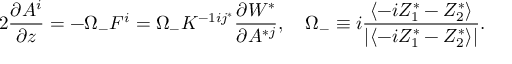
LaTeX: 2 { \frac { \partial A ^ { i } } { \partial z } } = - \Omega _ { - } F ^ { i } = \Omega _ { - } K ^ { - 1 i j ^ { * } } \frac { \partial { \cal W } ^ { * } } { \partial A ^ { * j } } , \quad \Omega _ { - } \equiv i \frac { \langle - i Z _ { 1 } ^ { * } - Z _ { 2 } ^ { * } \rangle } { | \langle - i Z _ { 1 } ^ { * } - Z _ { 2 } ^ { * } \rangle | } .